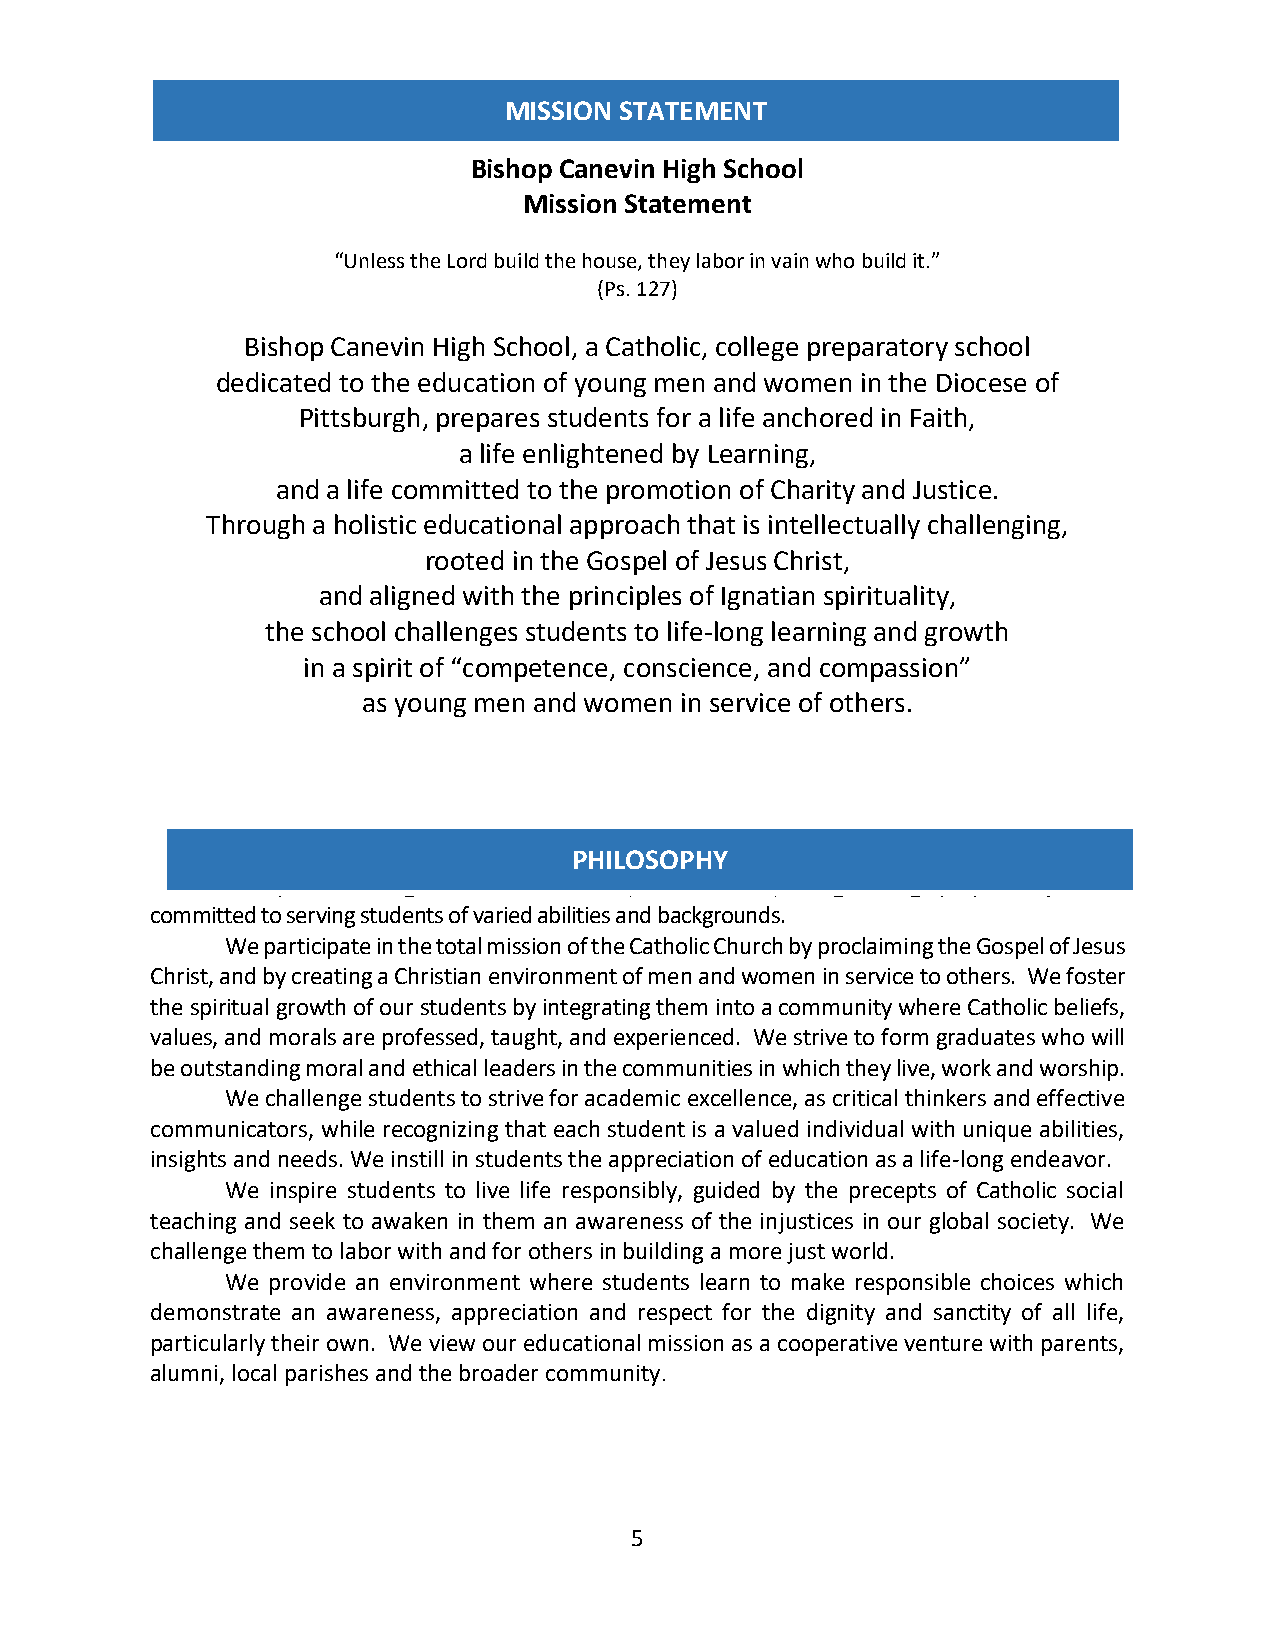
MISSION STATEMENT
 Bishop Canevin High School
 Mission Statement
 “Unless the Lord build the house, they labor in vain who build it.”
 (Ps. 127)
 Bishop Canevin High School, a Catholic, college preparatory school
 dedicated to the education of young men and women in the Diocese of
 Pittsburgh, prepares students for a life anchored in Faith,
 a life enlightened by Learning,
 and a life committed to the promotion of Charity and Justice.
 Through a holistic educational approach that is intellectually challenging,
 rooted in the Gospel of Jesus Christ,
 and aligned with the principles of Ignatian spirituality,
 the school challenges students to life-long learning and growth
 in a spirit of “competence, conscience, and compassion”
 as young men and women in service of others.
 PHILOSOPHY
 Bishop Canevin High School is a Catholic, individualized, college college-preparatory school
 committed to serving students of varied abilities and backgrounds.
 We participate in the total mission of the Catholic Church by proclaiming the Gospel of Jesus
 Christ, and by creating a Christian environment of men and women in service to others. We foster
 the spiritual growth of our students by integrating them into a community where Catholic beliefs,
 values, and morals are professed, taught, and experienced. We strive to form graduates who will
 be outstanding moral and ethical leaders in the communities in which they live, work and worship.
 We challenge students to strive for academic excellence, as critical thinkers and effective
 communicators, while recognizing that each student is a valued individual with unique abilities,
 insights and needs. We instill in students the appreciation of education as a life-long endeavor.
 We inspire students to live life responsibly, guided by the precepts of Catholic social
 teaching and seek to awaken in them an awareness of the injustices in our global society. We
 challenge them to labor with and for others in building a more just world.
 We provide an environment where students learn to make responsible choices which
 demonstrate an awareness, appreciation and respect for the dignity and sanctity of all life,
 particularly their own. We view our educational mission as a cooperative venture with parents,
 alumni, local parishes and the broader community.
 5